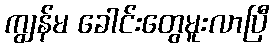
ကျွန်မ ခေါင်းတွေမူးလာပြီ